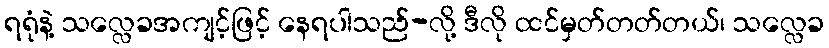
ရရုံနဲ့ သလ္လေခအကျင့်ဖြင့် နေရပါသည်-လို့ ဒီလို ထင်မှတ်တတ်တယ်၊ သလ္လေခ